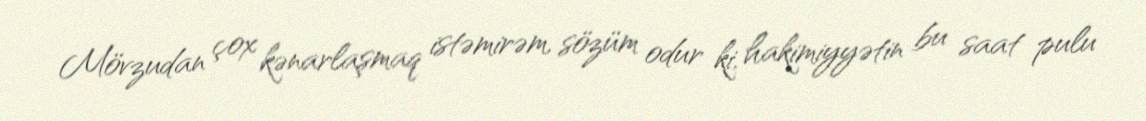
Mövzudan çox kənarlaşmaq istəmirəm, sözüm odur ki, hakimiyyətin bu saat pulu